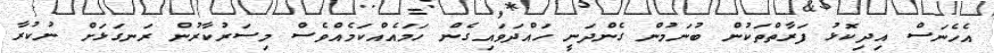
އެހެނަސް އިދިކޮޅު ފަރާތްތަކުން ބުނަމުން ގެންދަނީ ހައްދަވައިގެން ހަމައެއްކަމެއްވެސްް މިސަރުކާރުން ރަނގަޅަށް ނުކުރާ